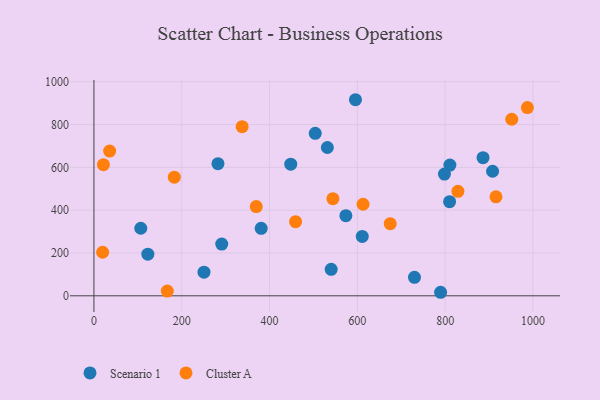
{"axis": {"x": "Distance", "y": "Fuel Efficiency"}, "legend": ["Cluster A", "Scenario 1"], "data": [{"x": "573.9", "y": 374.4, "type": "Scenario 1"}, {"x": "531.7", "y": 692.9, "type": "Scenario 1"}, {"x": "730.1", "y": 86.5, "type": "Scenario 1"}, {"x": "250.7", "y": 110.5, "type": "Scenario 1"}, {"x": "810.8", "y": 610.5, "type": "Scenario 1"}, {"x": "595.7", "y": 916.0, "type": "Scenario 1"}, {"x": "291.1", "y": 241.5, "type": "Scenario 1"}, {"x": "810.1", "y": 439.7, "type": "Scenario 1"}, {"x": "106.7", "y": 315.7, "type": "Scenario 1"}, {"x": "381.0", "y": 315.3, "type": "Scenario 1"}, {"x": "282.5", "y": 617.2, "type": "Scenario 1"}, {"x": "504.1", "y": 759.0, "type": "Scenario 1"}, {"x": "448.3", "y": 615.0, "type": "Scenario 1"}, {"x": "611.2", "y": 277.5, "type": "Scenario 1"}, {"x": "908.0", "y": 581.9, "type": "Scenario 1"}, {"x": "789.6", "y": 16.5, "type": "Scenario 1"}, {"x": "798.4", "y": 568.6, "type": "Scenario 1"}, {"x": "122.8", "y": 194.3, "type": "Scenario 1"}, {"x": "886.3", "y": 645.5, "type": "Scenario 1"}, {"x": "540.4", "y": 123.7, "type": "Scenario 1"}, {"x": "613.0", "y": 427.8, "type": "Cluster A"}, {"x": "951.7", "y": 824.7, "type": "Cluster A"}, {"x": "987.3", "y": 879.5, "type": "Cluster A"}, {"x": "21.6", "y": 612.4, "type": "Cluster A"}, {"x": "35.7", "y": 676.2, "type": "Cluster A"}, {"x": "915.8", "y": 462.6, "type": "Cluster A"}, {"x": "19.8", "y": 203.4, "type": "Cluster A"}, {"x": "369.7", "y": 417.0, "type": "Cluster A"}, {"x": "674.9", "y": 337.0, "type": "Cluster A"}, {"x": "183.1", "y": 554.3, "type": "Cluster A"}, {"x": "167.1", "y": 22.0, "type": "Cluster A"}, {"x": "337.6", "y": 790.3, "type": "Cluster A"}, {"x": "459.3", "y": 346.5, "type": "Cluster A"}, {"x": "829.1", "y": 488.0, "type": "Cluster A"}, {"x": "544.3", "y": 453.8, "type": "Cluster A"}]}